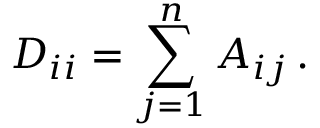
D _ { i i } = \sum _ { j = 1 } ^ { n } A _ { i j } \, .